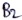
Text: B2